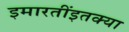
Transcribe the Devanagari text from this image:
इमारतींइतक्या